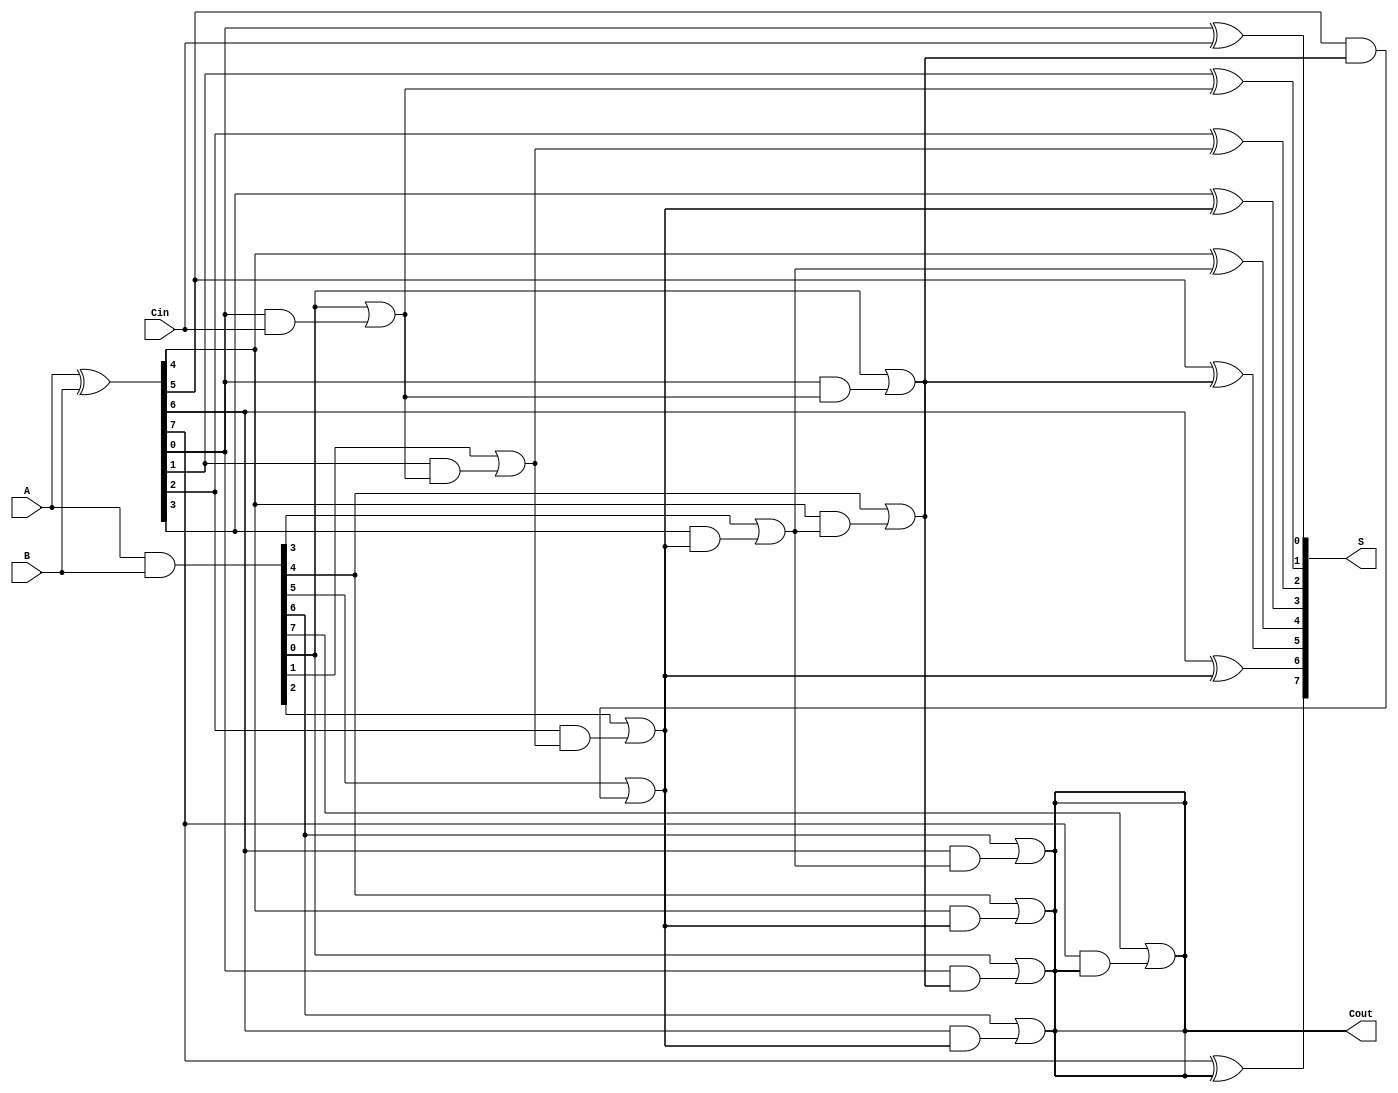
module SklanskyAdder #(
    parameter n = 8 // Adjustable parameter for n-bit width
)(
    input  [n-1:0] A,
    input  [n-1:0] B,
    input          Cin,
    output [n-1:0] S,
    output         Cout
);
    wire [n-1:0] G; // Generate
    wire [n-1:0] P; // Propagate
    wire [n:0] C;   // Carry: C[0] = Cin, C[n] = Cout

    // Generate and Propagate signals
    assign G = A & B;
    assign P = A ^ B;

    // Carry computation
    assign C[0] = Cin;

    // Level 1 Carry
    genvar i;
    generate
        for (i = 0; i < n; i = i + 1) begin : level1
            assign C[i + 1] = G[i] | (P[i] & C[i]);
        end
    endgenerate

    // Higher Level Carry (Level 2, 3, ...)
    // This example implements a 4-level structure for a 8-bit adder.
    // The levels can be adjusted based on the value of n.

    // Level 2
    generate
        for (i = 0; i < n/2; i = i + 1) begin : level2
            assign C[i + n/2 + 1] = G[i*2] | (P[i*2] & C[i + 1]);
        end
    endgenerate

    // Level 3
    generate
        for (i = 0; i < n/4; i = i + 1) begin : level3
            assign C[i + n/4 + n/2 + 1] = G[i*4] | (P[i*4] & C[i + n/2 + 1]);
        end
    endgenerate

    // Level 4
    generate
        if (n > 4) begin
            assign C[n] = G[0] | (P[0] & C[n/2 + 1]);
        end else begin
            assign C[n] = C[n/2 + 1]; // Only propagate if less than 4 bits
        end
    endgenerate

    // Sum computation
    generate
        for (i = 0; i < n; i = i + 1) begin : sum
            assign S[i] = P[i] ^ C[i];
        end
    endgenerate

    // Final Carry Out
    assign Cout = C[n];

endmodule